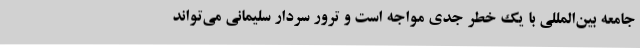
جامعه بین‌المللی با یک خطر جدی مواجه است و ترور سردار سلیمانی می‌تواند